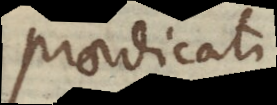
praedicati